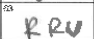
Transcription: RRU